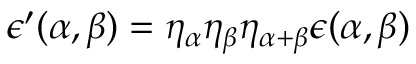
\epsilon ^ { \prime } ( \alpha , \beta ) = \eta _ { \alpha } \eta _ { \beta } \eta _ { \alpha + \beta } \epsilon ( \alpha , \beta )